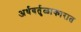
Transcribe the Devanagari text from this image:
अर्धवर्तुळाकारात